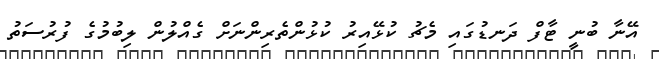
އޭނާ ބުނީ ޓާފް ދަނޑުގައި މެޗު ކުޅޭއިރު ކުޅުންތެރިންނަށް ގެއްލުން ލިބުމުގެ ފުރުސަތު